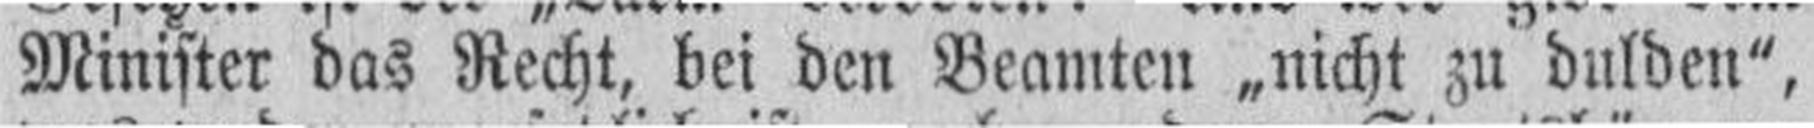
Minister das Recht, bei den Beamten „nicht zu dulden"